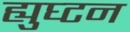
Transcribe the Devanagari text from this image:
ह्युघ्टन